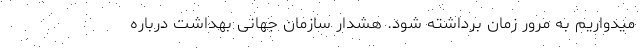
میدواریم به مرور زمان برداشته شود. هشدار سازمان جهانی بهداشت درباره